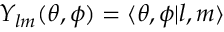
Y _ { l m } ( \theta , \phi ) = \langle \theta , \phi | l , m \rangle